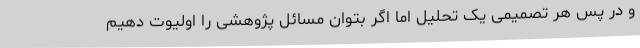
و در پس هر تصمیمی یک تحلیل اما اگر بتوان مسائل پژوهشی را اولیوت دهیم